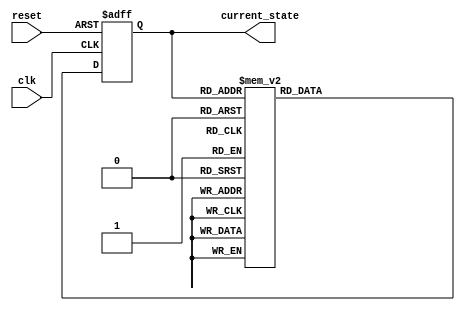
module gray_code_counter(
    input clk,
    input reset,
    output reg [3:0] current_state
);

reg [3:0] next_state;

always @ (posedge clk or posedge reset) begin
    if (reset) begin
        current_state <= 4'b0000;
    end else begin
        current_state <= next_state;
    end
end

always @ (*) begin
    case(current_state)
        4'b0000: next_state = 4'b0001;
        4'b0001: next_state = 4'b0011;
        4'b0011: next_state = 4'b0010;
        4'b0010: next_state = 4'b0110;
        4'b0110: next_state = 4'b0111;
        4'b0111: next_state = 4'b0101;
        4'b0101: next_state = 4'b0100;
        4'b0100: next_state = 4'b1100;
        4'b1100: next_state = 4'b1101;
        4'b1101: next_state = 4'b1111;
        4'b1111: next_state = 4'b1110;
        4'b1110: next_state = 4'b1010;
        4'b1010: next_state = 4'b1011;
        4'b1011: next_state = 4'b1001;
        4'b1001: next_state = 4'b1000;
        4'b1000: next_state = 4'b0000;
        default: next_state = 4'b0000;
    endcase
end

endmodule